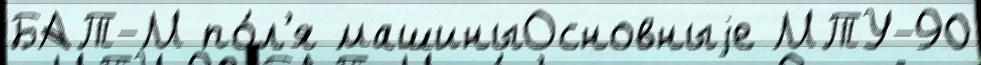
БАТ-М по́л'я машиныОсновныjе МТУ-90